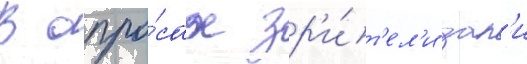
В опро́сах зр'и́т'ел'и дал'и